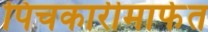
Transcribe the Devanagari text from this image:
पिचकारीमार्फत